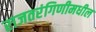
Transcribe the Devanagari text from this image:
राजतरंगिणीमधील